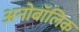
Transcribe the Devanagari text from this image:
अनोबॉलिक